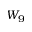
W _ { 9 }